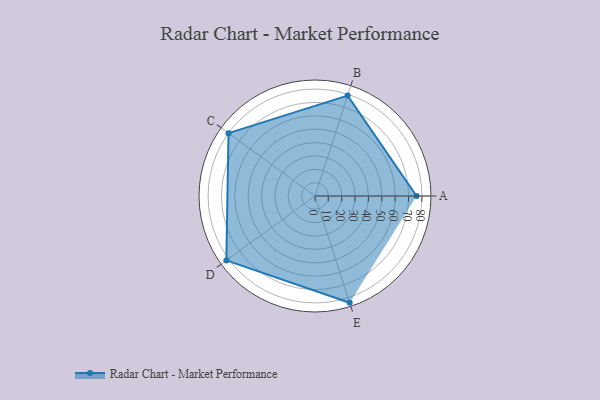
{"axis": {"x": "Skill", "y": "Score"}, "legend": ["Profile"], "data": [{"x": "A", "y": 76.0, "type": "Profile"}, {"x": "B", "y": 79.0, "type": "Profile"}, {"x": "C", "y": 80.0, "type": "Profile"}, {"x": "D", "y": 82.0, "type": "Profile"}, {"x": "E", "y": 84.0, "type": "Profile"}]}